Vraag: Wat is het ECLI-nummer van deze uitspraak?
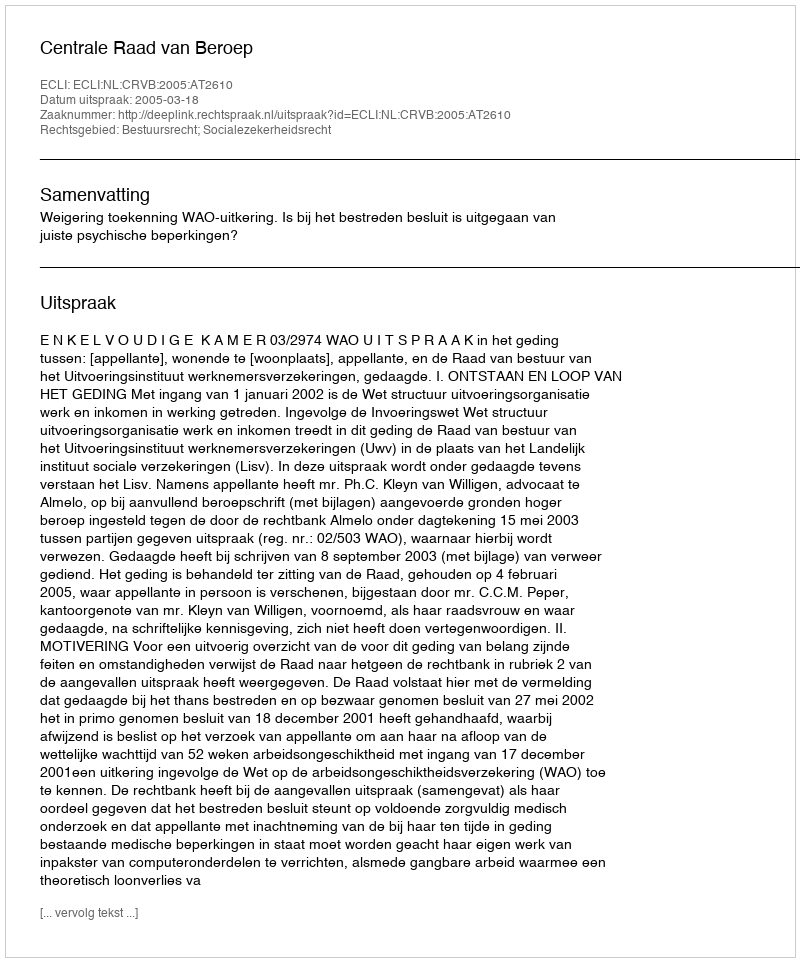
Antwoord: ECLI:NL:CRVB:2005:AT2610